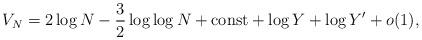
LaTeX: \begin{align*}V_N = 2\log N-\frac{3}{2}\log\log N+{\rm const}+ \log Y+\log Y'+o(1),\end{align*}